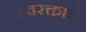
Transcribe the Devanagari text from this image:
स्‍वरक्ताने